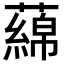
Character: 𬞻